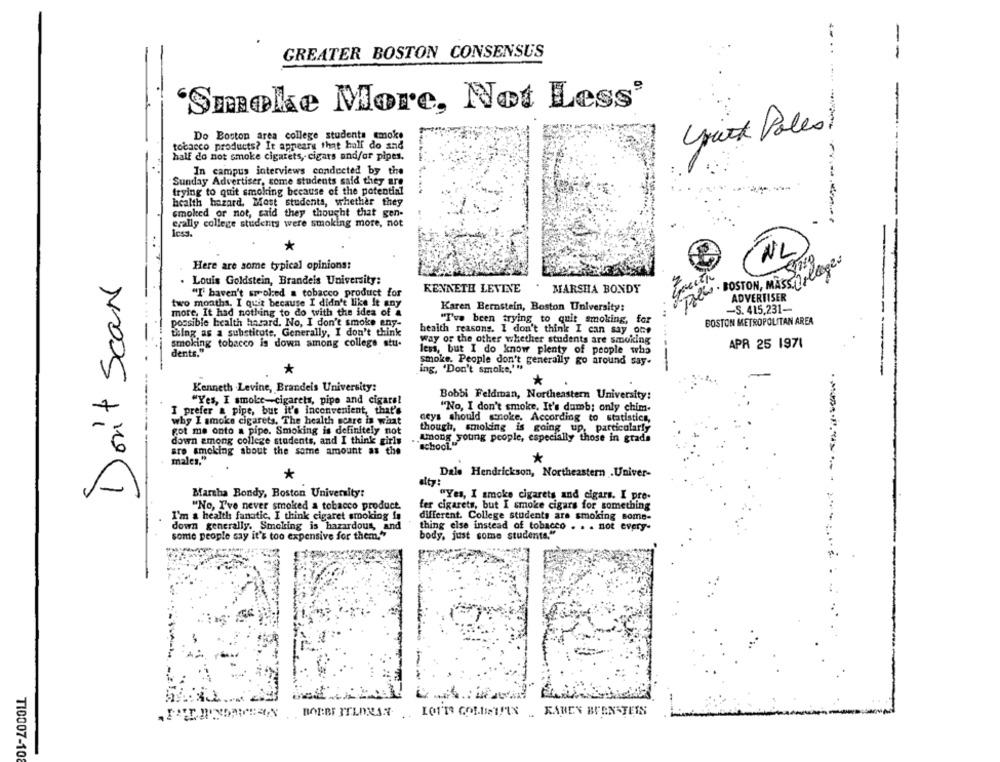
4-
GREATER BOSTON CONSENSUS
--
'Smoke More, Not Less'
york Poles
Do Boston area college students smoke
tobacco products? It appears that hall do and
half do not smoke cigarets, cigars and/or pipes.
In campus interviews conducted by the
Sunday Advertiser, some students said they are
trying to quit smoking because of the potential
health hazard. Most students, whether they
smoked or not, said they thought that gen-
erally college students were smoking more, not
1css.
NL
Here are some typical opinions:
. BOSTON, MASSIFLORES
Don't Sean
Louis Goldstein, Brandeis University:
KENNETH LEVINE . MARSHA BONDY
"I' haven't smoked a tobacco product for
ADVERTISER
two months. I quit because I didn't like It any
more, It had nothing to do with the idea of a
Karen Bernstein, Boston University:
-S. 415,231-
"I've been trying to quit smoking, for
BOSTON METROPOLITAN AREA
possible health hasard. No, I don't smoke eny-
thing as a substitute, Generally, I don't think
health reasons. I don't think I can say one
smoking tobacco is down among college stu-
Way of the other whether students are smoking
APR 25 1971
less, but I do know plenty of people who
dents."
smoke. People don't generally go around say-
*
ing, 'Don't smoke,'"
Kenneth .Levine, Brandeis University:
----
Bobbi Feldman, Northeastern University:
"Yes, I smoke-cigarets, pipe and cigarel
I prefer a pipe, but it's inconvenient, that's
"No, I don't smoke. It's dumb; only chim-
why I smoke cigarets. The health scare is what
ceys should snoke. According to statistics,
got me onto a pipe. Smoking is definitely not
though, smoking is going up, particularly
down among college students, and I think girls
Among young people, especially those in grada
school."
aro smoking about the same amount as the
males."
Dale Hendrickson, Northeastern .Univer-
*
Martha Bondy, Boston University:
"Yes, I smoke cigarets and cigars. I pre-
"No, I've never smoked a tobacco product
fer cigarets, but I smoke cigars for something
I'm a health fanatic, I think cigaret smoking is
different. College students ars smoking some-
down generally. Smoking is hazardous, and
thing else instead of tobacco . . . not every-
some people say it's too expensive for them."
body, just some students."
FAVEAINDACESIN' BOBBE TELONAS . LOTTO GOLDSTEIN . KAREN BURN-TEIS
T10007-108